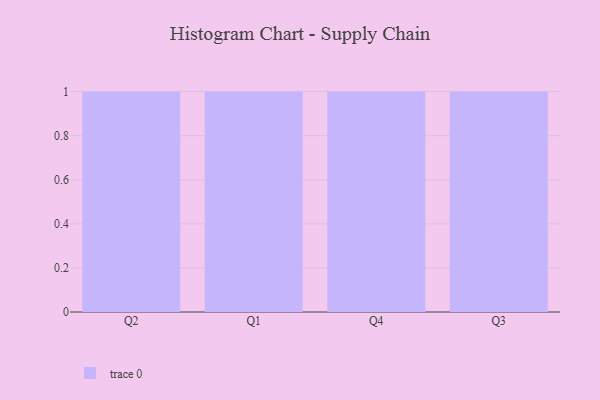
{"axis": {"x": "Quarter", "y": "Temperature (°C)"}, "legend": [""], "data": [{"x": "Q2", "y": 39, "type": ""}, {"x": "Q1", "y": 2, "type": ""}, {"x": "Q4", "y": 47, "type": ""}, {"x": "Q3", "y": 5, "type": ""}]}